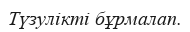
Түзулікті бұрмалап.